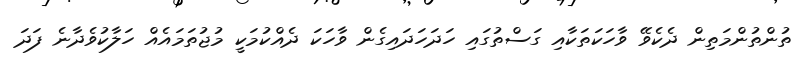
ތުންތުންމަތިން ދެކެވޭ ވާހަކަތަކާއި ގަސްތުގައި ހަދަހަދައިގެން ވާހަކަ ދެއްކުމަކީ މުޖުތަމައެއް ހަލާކުވެދާނެ ފަދަ